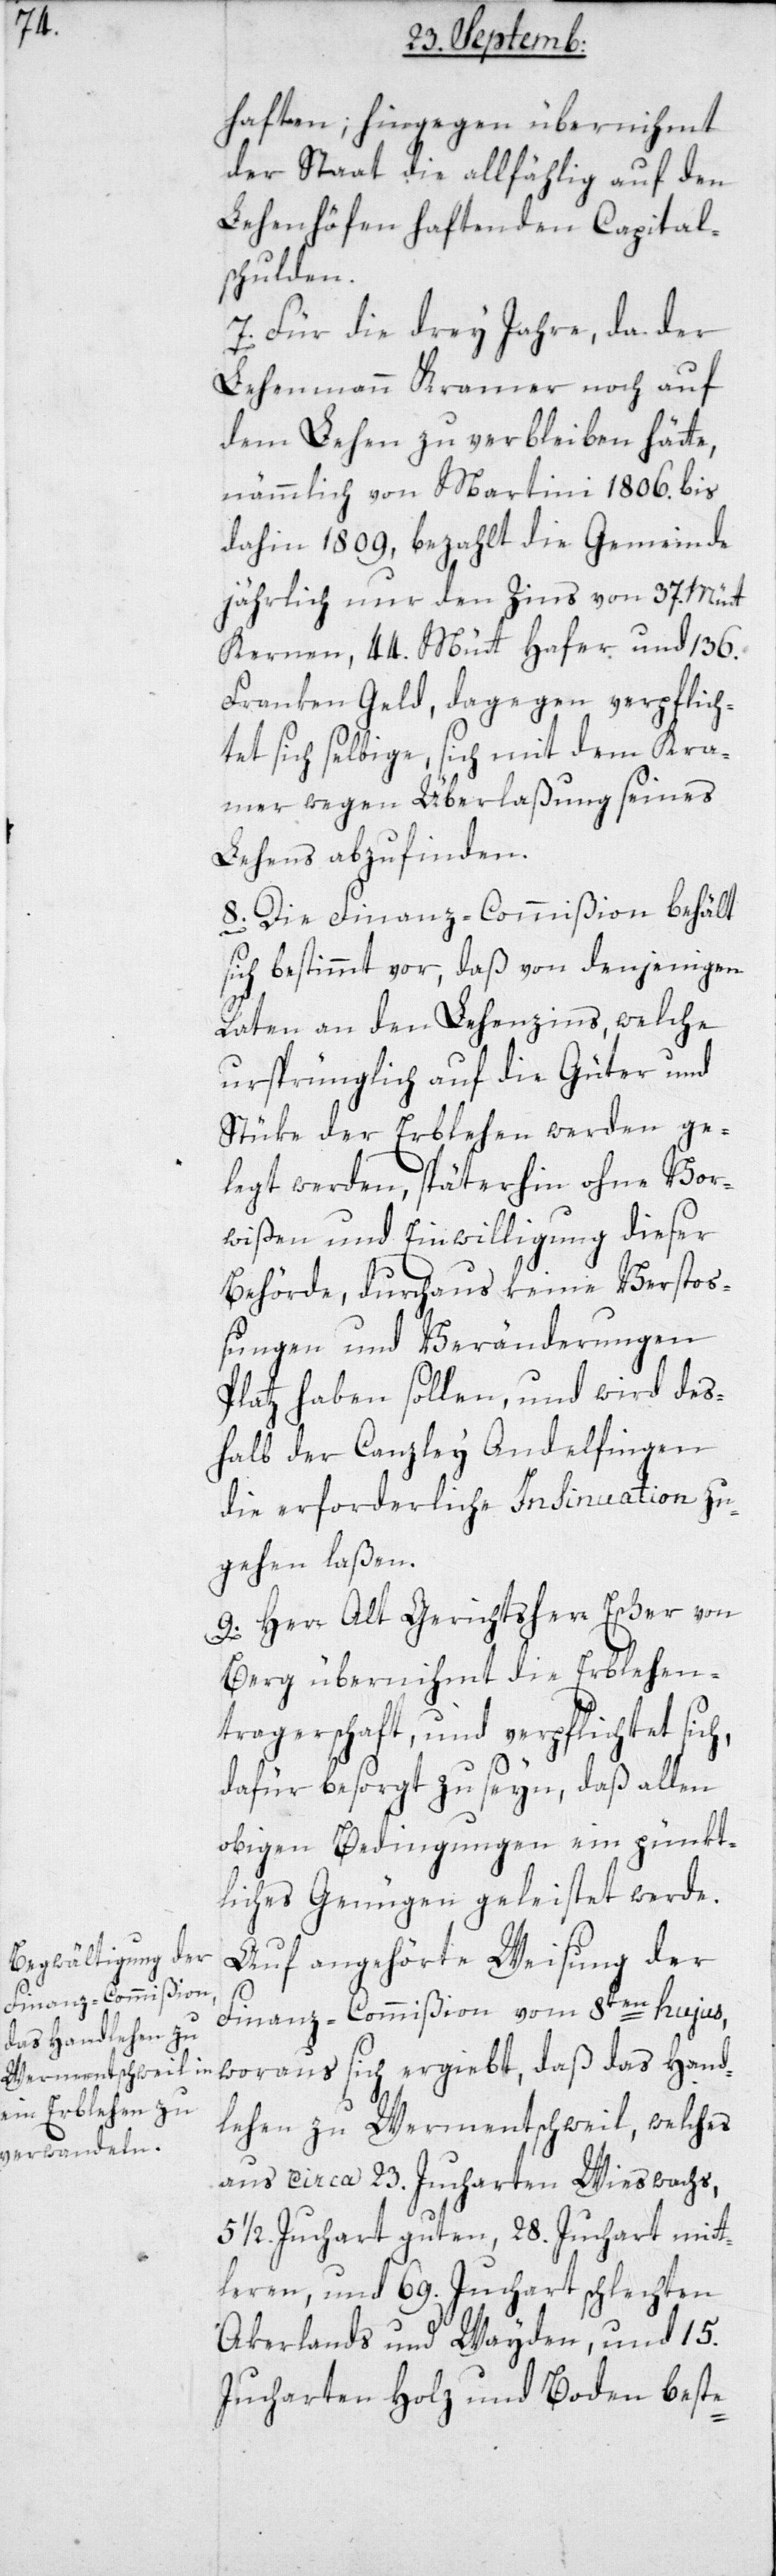
haften, hingegen übernimmt
der Staat die allfählig auf den
Lehenhöfen haftenden Capital¬
schulden.
7. Für die drey Jahre, da der
Lehenmann Kramer noch auf
dem Lehen zu verbleiben hätte,
nämmlich von Martini 1806. bis
dahin 1809, bezahlt die Gemeinde
jährlich nur den Zins von 37. Mütt
Kernen, 44. Mütt Hafer und 136.
Franken Geld, dagegen verpflich¬
tet sich selbige, sich mit dem Kra¬
mer wegen Überlaßung seines
Lehens abzufinden.
8. Die Finanz-Commißion behält
sich bestimmt vor, daß von denjenigen
Raten an den Lehenzins, welche
ursprünglich auf die Güter und
Stüke der Erblehen werden ge¬
legt werden, späterhin ohne Vor¬
wißen und Einwilligung dieser
Behörde, durchaus keine Versto¬
ßungen und Veränderungen
Platz haben sollen, und wird des¬
halb der Canzley Andelfingen
die erforderliche Insinuation zu¬
gehen laßen.
9. Herr Alt Gerichtsherr Escher von
Berg übernihmt die Erblehen¬
tragerschaft, und verpflichtet sich,
dafür besorgt zu seyn, daß allen
obigen Bedingungen ein pünkt¬
liches Genügen geleistet werde.
Auf angehörte Weisung der
Finanz-Commißion vom 8ten hujus,
woraus sich ergiebt, daß das Hand¬
lehen zu Wermentschweil, welches
aus circa 23. Jucharten Wieswachs,
5½ Jucharten guten, 28. Jucharten mitt¬
leren und 69. Jucharten schlechten
Akerlands und Wayden, und 15.
Jucharten Holz und Boden beste-